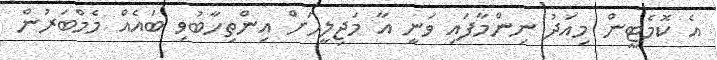
އެ ކޮމެޓީން މިއަދު ނިންމާފައި ވަނީ އާ މަޖިލީހަށް އިންތިހާބުވި ބައެއް މެމްބަރުން